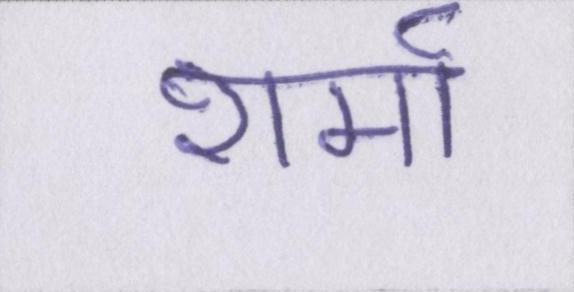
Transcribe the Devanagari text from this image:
शर्मा